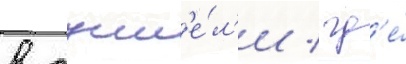
в тунн'е́л'и / гд'е́